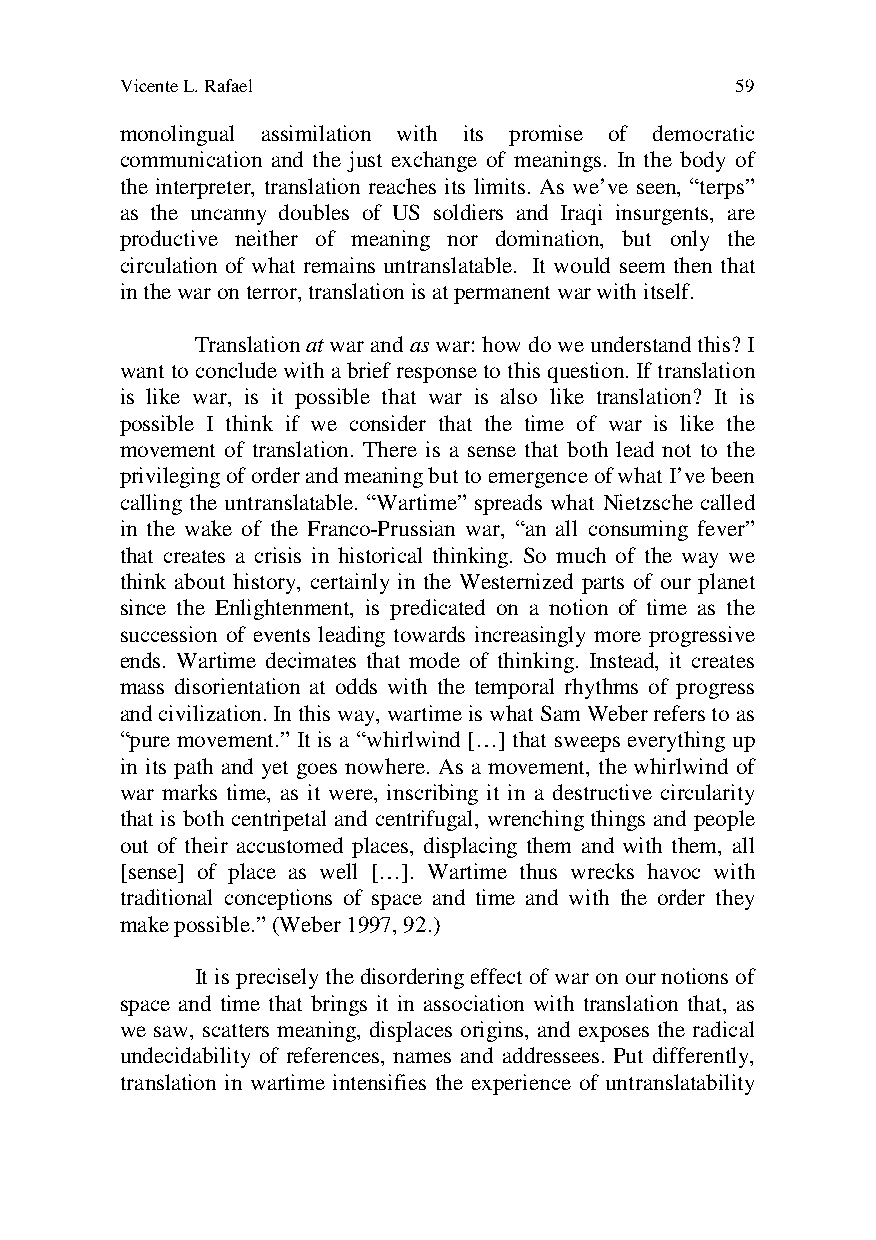
Vicente L. Rafael                        59
 monolingual assimilation with its promise of democratic
 communication and the just exchange of meanings. In the body of
 the interpreter, translation reaches its limits. As we’ve seen, “terps”
 as the uncanny doubles of US soldiers and Iraqi insurgents, are
 productive neither of meaning nor domination, but only the
 circulation of what remains untranslatable. It would seem then that
 in the war on terror, translation is at permanent war with itself.
 Translation at war and as war: how do we understand this? I
 want to conclude with a brief response to this question. If translation
 is like war, is it possible that war is also like translation? It is
 possible I think if we consider that the time of war is like the
 movement of translation. There is a sense that both lead not to the
 privileging of order and meaning but to emergence of what I’ve been
 calling the untranslatable. “Wartime” spreads what Nietzsche called
 in the wake of the Franco-Prussian war, “an all consuming fever”
 that creates a crisis in historical thinking. So much of the way we
 think about history, certainly in the Westernized parts of our planet
 since the Enlightenment, is predicated on a notion of time as the
 succession of events leading towards increasingly more progressive
 ends. Wartime decimates that mode of thinking. Instead, it creates
 mass disorientation at odds with the temporal rhythms of progress
 and civilization. In this way, wartime is what Sam Weber refers to as
 “pure movement.” It is a “whirlwind […] that sweeps everything up
 in its path and yet goes nowhere. As a movement, the whirlwind of
 war marks time, as it were, inscribing it in a destructive circularity
 that is both centripetal and centrifugal, wrenching things and people
 out of their accustomed places, displacing them and with them, all
 [sense] of place as well […]. Wartime thus wrecks havoc with
 traditional conceptions of space and time and with the order they
 make possible.” (Weber 1997, 92.)
 It is precisely the disordering effect of war on our notions of
 space and time that brings it in association with translation that, as
 we saw, scatters meaning, displaces origins, and exposes the radical
 undecidability of references, names and addressees. Put differently,
 translation in wartime intensifies the experience of untranslatability